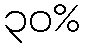
၃၀%